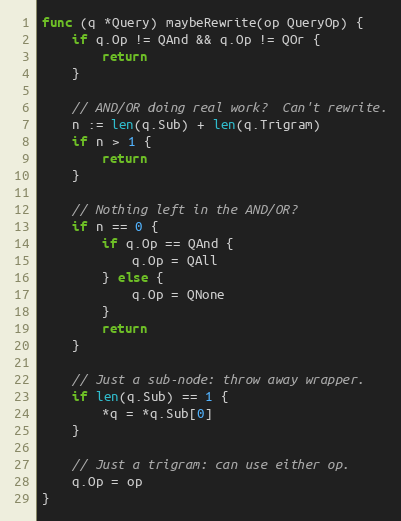
Language: Go
func (q *Query) maybeRewrite(op QueryOp) {
	if q.Op != QAnd && q.Op != QOr {
		return
	}

	// AND/OR doing real work?  Can't rewrite.
	n := len(q.Sub) + len(q.Trigram)
	if n > 1 {
		return
	}

	// Nothing left in the AND/OR?
	if n == 0 {
		if q.Op == QAnd {
			q.Op = QAll
		} else {
			q.Op = QNone
		}
		return
	}

	// Just a sub-node: throw away wrapper.
	if len(q.Sub) == 1 {
		*q = *q.Sub[0]
	}

	// Just a trigram: can use either op.
	q.Op = op
}